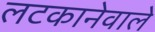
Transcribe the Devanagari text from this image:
लटकानेवाले